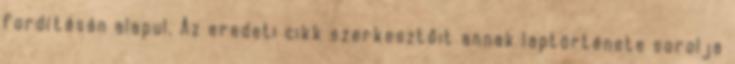
fordításán alapul. Az eredeti cikk szerkesztőit annak laptörténete sorolja